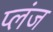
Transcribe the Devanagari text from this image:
प्लंज